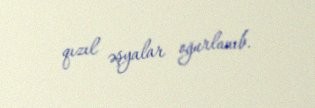
qızıl əşyalar oğurlanıb.